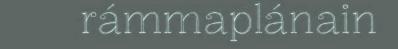
rámmaplánain